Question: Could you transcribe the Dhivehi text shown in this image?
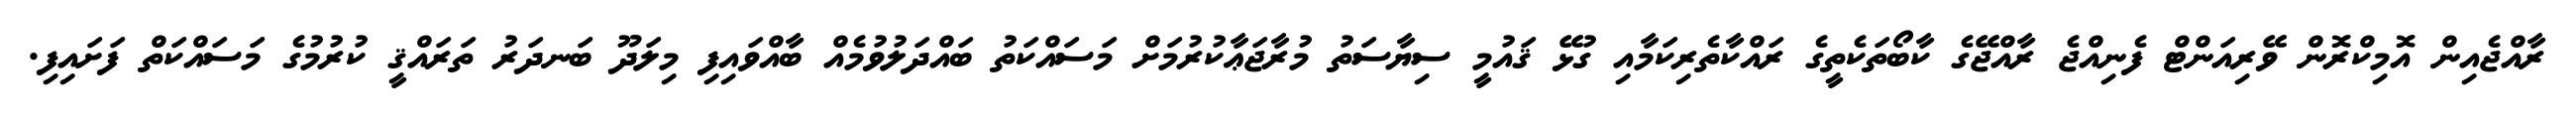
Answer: ރާއްޖެއިން އޮމިކްރޮން ވޭރިއަންޓް ފެނިއްޖެ ރާއްޖޭގެ ކާބޯތަކެތީގެ ރައްކާތެރިކަމާއި ގުޅޭ ޤައުމީ ސިޔާސަތު މުރާޖަޢާކުރުމަށް މަސައްކަތު ބައްދަލުވުމެއް ބާއްވައިފި މިލަދޫ ބަނދަރު ތަރައްޤީ ކުރުމުގެ މަސައްކަތް ފަށައިފި.